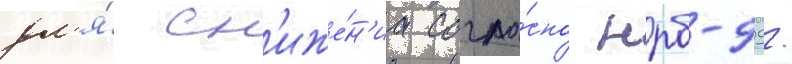
дл'я́ сн'иже́н'иа согла́сно нрб-99/